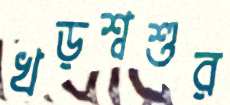
খড়শ্বশুর